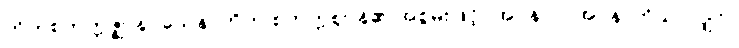
တိကစတုက္ကဇ္ဈာနဝသေန၊ တိက စတုက္ကဈာန်၏ အစွမ်းဖြင့်။ အပ္ပနာဝ၊ အပ္ပနာကိုသာလျှင်။